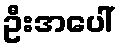
ဦးအပေါ်